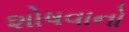
શોષવાનો